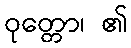
ဝုတ္တော၊ ၏